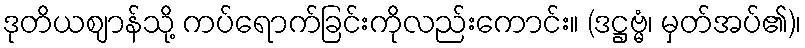
ဒုတိယဈာန်သို့ ကပ်ရောက်ခြင်းကိုလည်းကောင်း။ (ဒဋ္ဌဗ္မံ၊ မှတ်အပ်၏)၊